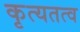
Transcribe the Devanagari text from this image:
कृत्यतत्व